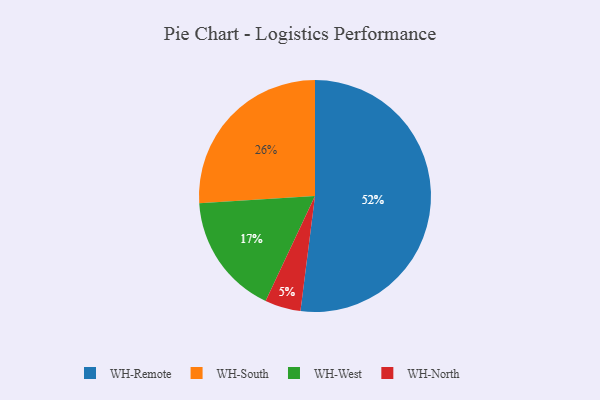
{"axis": {"x": "Category", "y": "Percentage"}, "legend": ["WH-North", "WH-Remote", "WH-South", "WH-West"], "data": [{"x": "WH-Remote", "y": 52, "type": "WH-Remote"}, {"x": "WH-South", "y": 26, "type": "WH-South"}, {"x": "WH-North", "y": 5, "type": "WH-North"}, {"x": "WH-West", "y": 17, "type": "WH-West"}]}